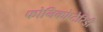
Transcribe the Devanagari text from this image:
फोनिकोप्टेरिडी